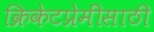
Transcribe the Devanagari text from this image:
क्रिकेटप्रेमींसाठी